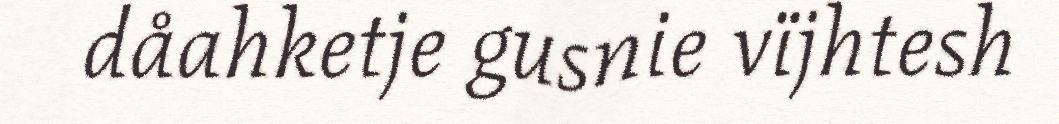
dåahketje gusnie vïjhtesh